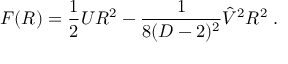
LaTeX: F ( R ) = { \frac { 1 } { 2 } } U R ^ { 2 } - { \frac { 1 } { 8 ( D - 2 ) ^ { 2 } } } \hat { V } ^ { 2 } R ^ { 2 } \; .